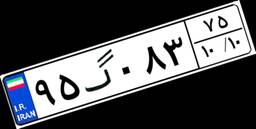
۹۵گ۰۸۳۷۵